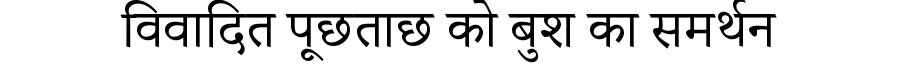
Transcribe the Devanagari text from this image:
विवादित पूछताछ को बुश का समर्थन